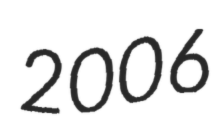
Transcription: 2006